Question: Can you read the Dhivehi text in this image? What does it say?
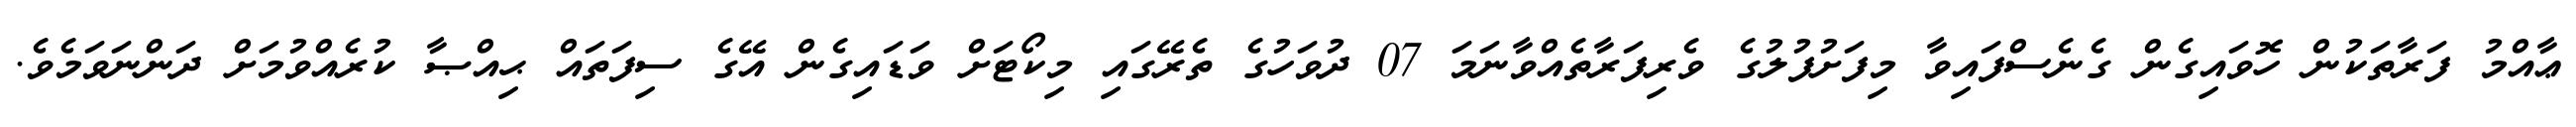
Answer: ޢާއްމު ފަރާތަކުން ހޮވައިގެން ގެނެސްފައިވާ މިފަށުފުލުގެ ވެރިފަރާތެއްވާނަމަ 07 ދުވަހުގެ ތެރޭގައި މިކޯޓަށް ވަޑައިގެން އޭގެ ސިފަތައް ޙިއްޞާ ކުރެއްވުމަށް ދަންނަވަމެވެ.